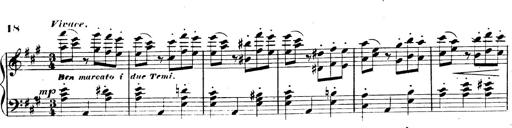
Title: 3 Caprices-Valses
Composer: Franz Liszt